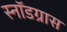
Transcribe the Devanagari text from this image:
स्नॉडग्रास